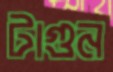
টাগুন